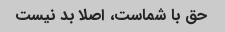
حق با شماست، اصلا بد نیست